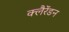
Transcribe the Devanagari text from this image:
क्लैरेंडन